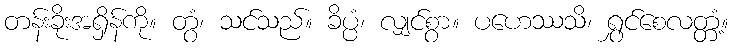
တန်းခိုးအရှိန်ကို။ တွံ၊ သင်သည်။ ခိပ္ပံ၊ လျှင်စွာ။ ပဟေဿသိ၊ ရွှင်စေလတ္တံ့။